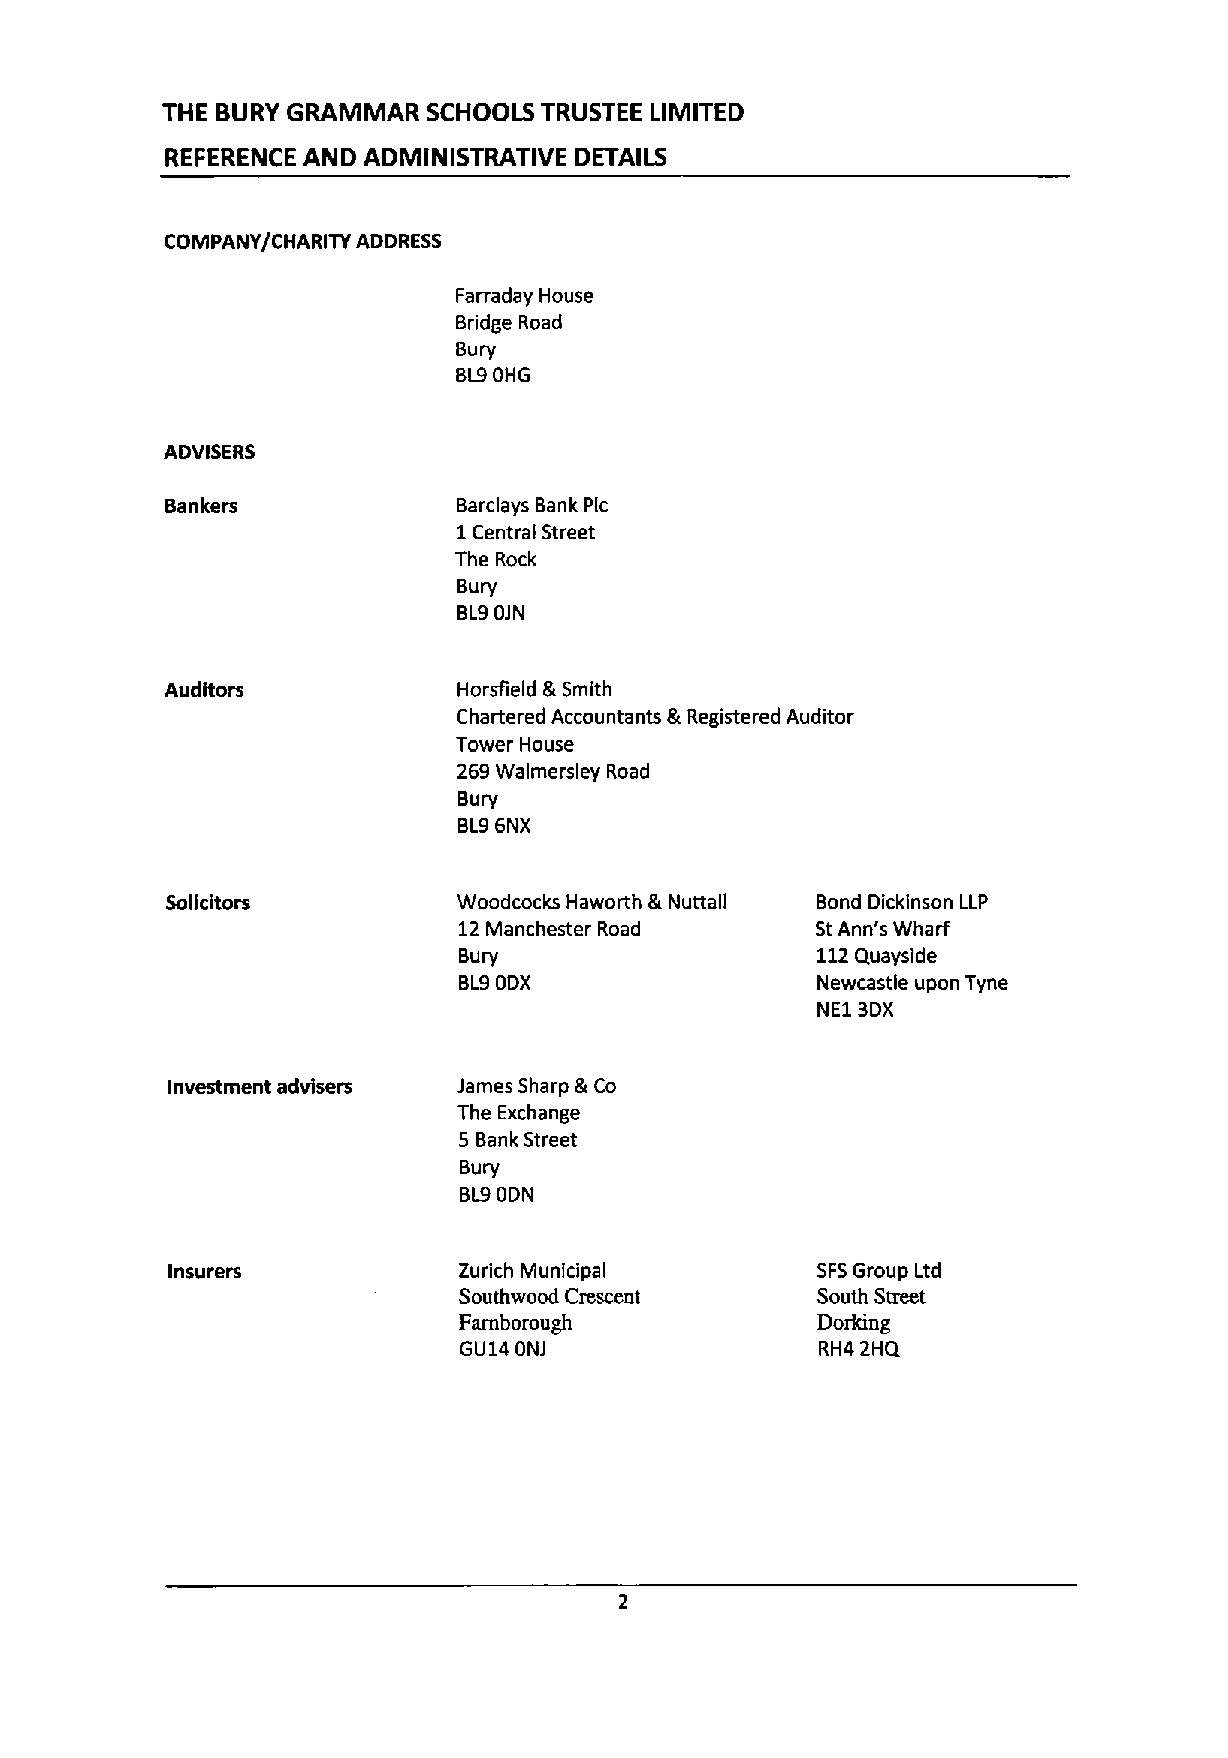
THE BURY GRAMMAR SCHOOLS TRUSTEE LIMITED
 REFERENCE AND ADMINISTRATIVE DETAILS
 COMPANY/CHARITY ADDRESS
 Farraday House
 Bridge Road
 Bury
 BL9OHG
 ADVISERS
 Bankers            Barclays Bank Plc
 1Central Street
 The Rock
 Bury
 BL9OJN
 Auditors           Horsfield 8 Smith
 Chartered Accountants &Registered Auditor
 Tower House
 269Walmersley Road
 Bury
 BL96NX
 Solicitors         Woodcocks Haworth &Nuttall Bond Dickinson LLP
 12Manchester Road       StAnn's Wharf
 Bury                    112Quayside
 BL9ODX                  Newcastle upon Tyne
 NE13DX
 Investment advisers James Sharp &Co
 The Exchange
 5 Bank Street
 Bury
 BL9ODN
 Insurers           Zurich Municipal        SFSGroup Ltd
 Southwood Crescent      South Street
 Farnborough             Dorking
 GU14 ONJ                RH4 2HQ